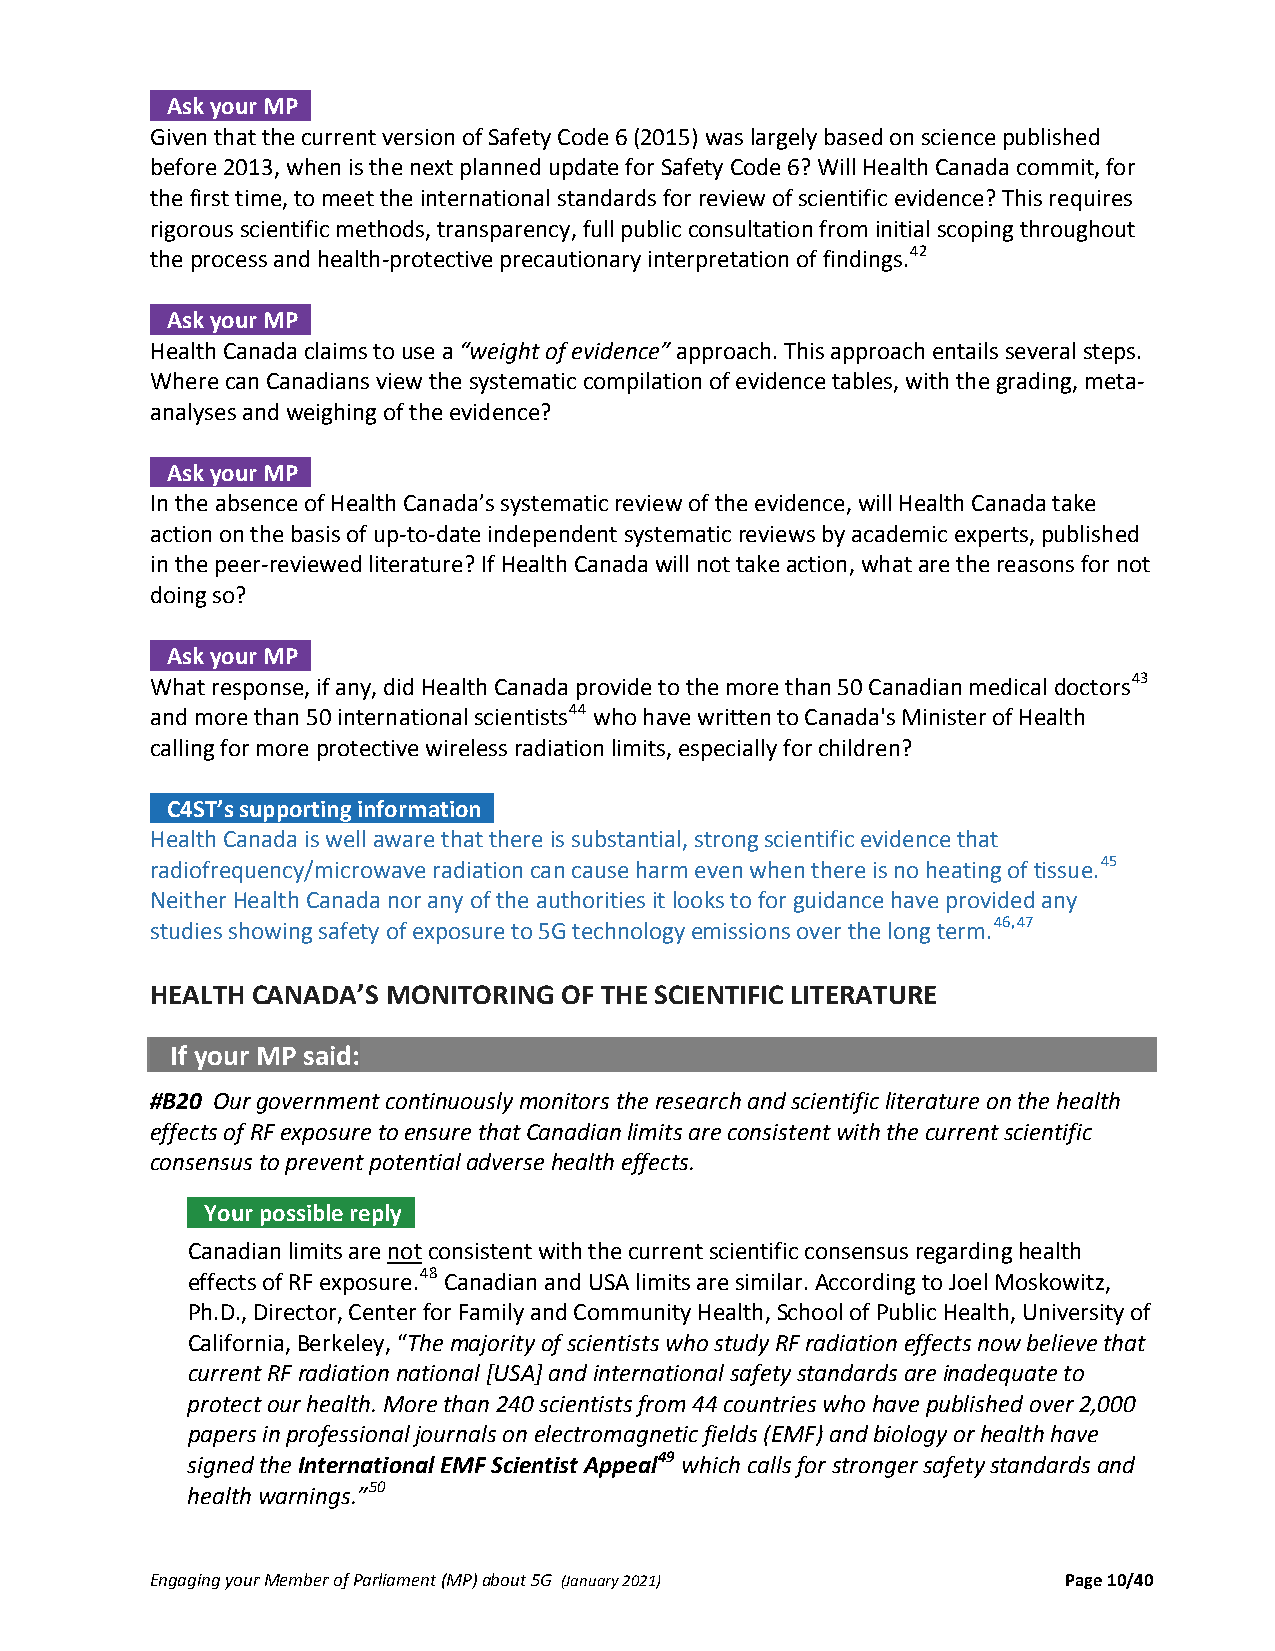
Ask your MP .
 Given that the current version of Safety Code 6 (2015) was largely based on science published
 before 2013, when is the next planned update for Safety Code 6? Will Health Canada commit, for
 the first time, to meet the international standards for review of scientific evidence? This requires
 rigorous scientific methods, transparency, full public consultation from initial scoping throughout
 the process and health‐protective precautionary interpretation of findings.42
 Ask your MP .
 Health Canada claims to use a “weight of evidence” approach. This approach entails several steps.
 Where can Canadians view the systematic compilation of evidence tables, with the grading, meta‐
 analyses and weighing of the evidence?
 Ask your MP .
 In the absence of Health Canada’s systematic review of the evidence, will Health Canada take
 action on the basis of up‐to‐date independent systematic reviews by academic experts, published
 in the peer‐reviewed literature? If Health Canada will not take action, what are the reasons for not
 doing so?
 Ask your MP .
 What response, if any, did Health Canada provide to the more than 50 Canadian medical doctors43
 and more than 50 international scientists44 who have written to Canada's Minister of Health
 calling for more protective wireless radiation limits, especially for children?
 C4ST’s supporting information .
 Health Canada is well aware that there is substantial, strong scientific evidence that
 radiofrequency/microwave radiation can cause harm even when there is no heating of tissue.45
 Neither Health Canada nor any of the authorities it looks to for guidance have provided any
 studies showing safety of exposure to 5G technology emissions over the long term.46,47
 HEALTH CANADA’S MONITORING OF THE SCIENTIFIC LITERATURE
 If your MP said:
 #B20 Our government continuously monitors the research and scientific literature on the health
 effects of RF exposure to ensure that Canadian limits are consistent with the current scientific
 consensus to prevent potential adverse health effects.
 Your possible reply .
 Canadian limits are not consistent with the current scientific consensus regarding health
 effects of RF exposure.48 Canadian and USA limits are similar. According to Joel Moskowitz,
 Ph.D., Director, Center for Family and Community Health, School of Public Health, University of
 California, Berkeley, “The majority of scientists who study RF radiation effects now believe that
 current RF radiation national [USA] and international safety standards are inadequate to
 protect our health. More than 240 scientists from 44 countries who have published over 2,000
 papers in professional journals on electromagnetic fields (EMF) and biology or health have
 signed the International EMF Scientist Appeal49 which calls for stronger safety standards and
 health warnings.”50
 Engaging your Member of Parliament (MP) about 5G (January 2021) Page 10/40